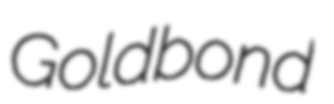
Goldbond